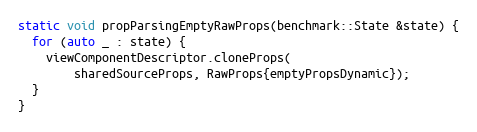
Language: C++
static void propParsingEmptyRawProps(benchmark::State &state) {
  for (auto _ : state) {
    viewComponentDescriptor.cloneProps(
        sharedSourceProps, RawProps{emptyPropsDynamic});
  }
}